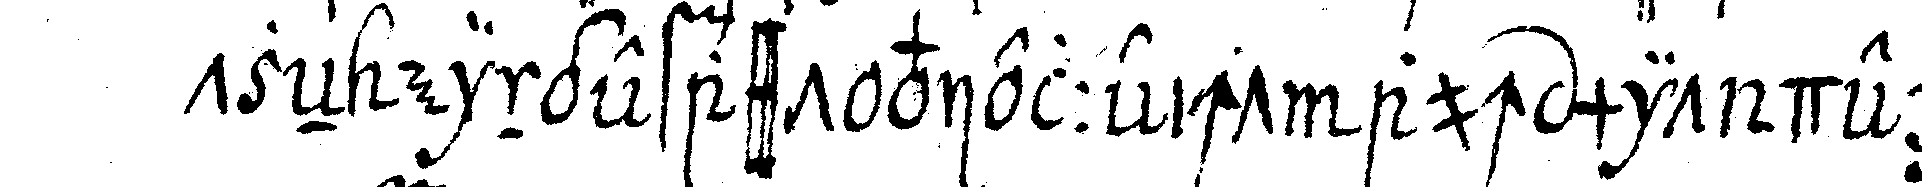
tzeN eingefasst vielleicht auch mit derglei